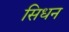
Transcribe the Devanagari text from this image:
सिधन